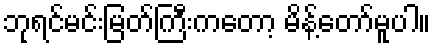
ဘုရင်မင်းမြတ်ကြီးကတော့ မိန့်တော်မူပါ။